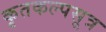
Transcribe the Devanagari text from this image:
कृतकल्पसूत्र